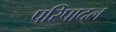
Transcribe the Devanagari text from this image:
परिपादल